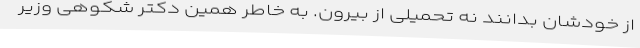
از خودشان بدانند نه تحمیلی از بیرون. به خاطر همین دکتر شکوهی وزیر